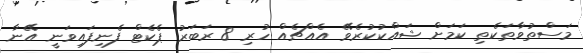
މަސްތުވާތަކެތި ކަމަށް ޝައްކުކުރެވޭ އެއްޗެއް ހުރި 8 ރަބަރު ޕެކެޓް ފެނިފައިވަނީ އޭނާ